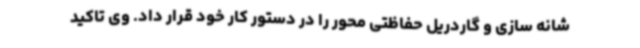
شانه سازی و گاردریل حفاظتی محور را در دستور کار خود قرار داد. وی تاکید